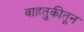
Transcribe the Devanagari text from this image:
वाहतुकीतून